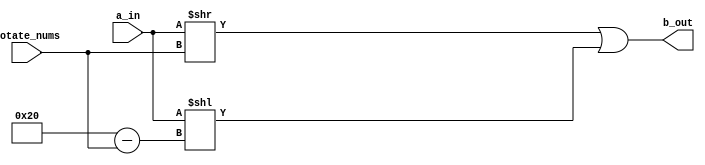
// This program was cloned from: https://github.com/martinmaly21/ELEC374
// License: MIT License

module ror_32_gate(
	input wire [31:0] a_in,
	input wire [31:0] rotate_nums,
	output [31:0] b_out
);
	assign b_out = ((a_in >> rotate_nums)|(a_in << (32 - rotate_nums)));

endmodule